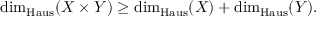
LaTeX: \dim _ { \operatorname { H a u s } } ( X \times Y ) \geq \dim _ { \operatorname { H a u s } } ( X ) + \dim _ { \operatorname { H a u s } } ( Y ) .